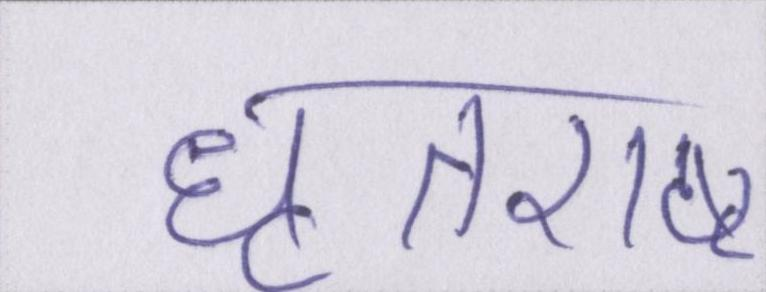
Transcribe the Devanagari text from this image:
धृतराष्ट्र